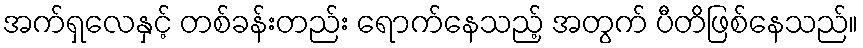
အက်ရှလေနှင့် တစ်ခန်းတည်း ရောက်နေသည့် အတွက် ပီတိဖြစ်နေသည်။